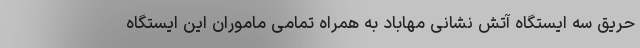
حریق سه ایستگاه آتش نشانی مهاباد به همراه تمامی ماموران این ایستگاه